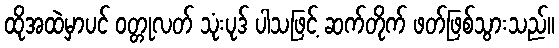
ထိုအထဲမှာပင် ဝတ္တုလတ် သုံးပုဒ် ပါသဖြင့် ဆက်တိုက် ဖတ်ဖြစ်သွားသည်။